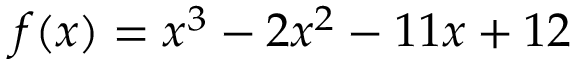
f ( x ) = x ^ { 3 } - 2 x ^ { 2 } - 1 1 x + 1 2